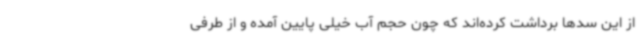
از این سدها برداشت کرده‌اند که چون حجم آب خیلی پایین آمده و از طرفی